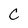
Character: C